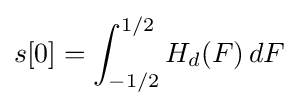
s[0]=\int _{-1/2}^{1/2}H_{d}(F)\,dF